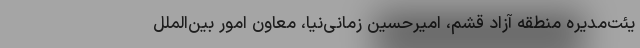
یئت‌مدیره منطقه آزاد قشم، امیرحسین زمانی‌نیا، معاون امور بین‌الملل